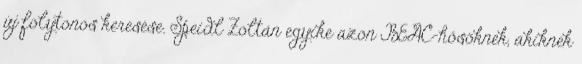
új folytonos keresése. Speidl Zoltán egyike azon BEAC-hősöknek, akiknek